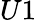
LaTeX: U1